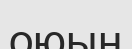
оюың